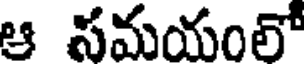
ఆ సమయంలో